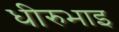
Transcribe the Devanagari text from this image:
धीरुभाइ